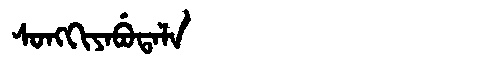
Manchu: ᠰᠣᠩᡴᡳᠶᠠᠪᡠᡨᠠᠯᠠ
Romanization: SONGKIYABUTALA